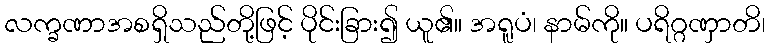
လက္ခဏာအစရှိသည်တို့ဖြင့် ပိုင်းခြား၍ ယူ၏။ အရူပံ၊ နာမ်ကို။ ပရိဂ္ဂဏှာတိ၊